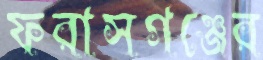
ফরাসগঞ্জের